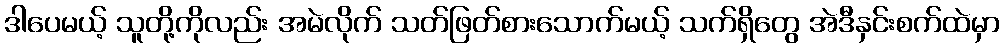
ဒါပေမယ့် သူတို့ကိုလည်း အမဲလိုက် သတ်ဖြတ်စားသောက်မယ့် သက်ရှိတွေ အဲဒီနှင်းစက်ထဲမှာ